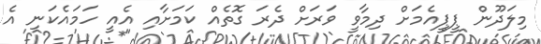
މިލަދޫން ޕީޕީއެމަށް ދިމާވީ ވަރަށް ދެރަ ގޮތެއް ކަމަށާއި އެއީ ހަމައެކަނި އެ